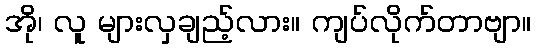
အို၊ လူ များလှချည့်လား။ ကျပ်လိုက်တာဗျာ။